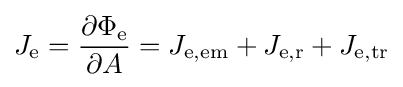
J_{\mathrm {e} }={\frac {\partial \Phi _{\mathrm {e} }}{\partial A}}=J_{\mathrm {e,em} }+J_{\mathrm {e,r} }+J_{\mathrm {e,tr} }